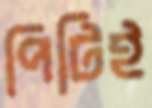
পিটিই